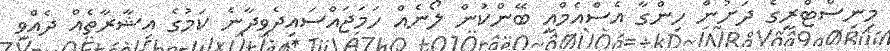
މިނިސްޓްރީގެ ދަށުން ހިންގާ އެސްއެމްއީ ބޭންކުން ލޯނެއް ހަމަޖައްސައިދެވިދާނެ ކަމުގެ އިޝާރާތެއް ދެއްވި